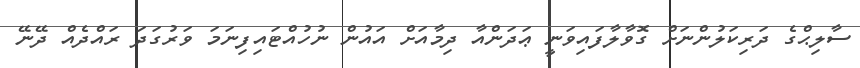
ސާލިޙްގެ ދަރިކަލުންނަށް ގޮވާލާފައިވަނީ ޢަދަންއާ ދިމާއަށް އައުން ނުހުއްޓައިފިނަމަ ވަރުގަދަ ރައްދެއް ދޭނޭ